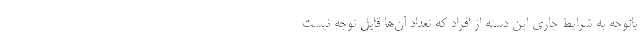
باتوجه به شرایط جاری این دسته از افراد که تعداد آن‌ها قابل توجه نیست